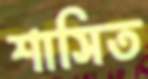
শাসিত